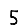
Digit: 5